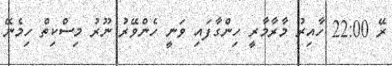
ރޭ 22:00 ހާއިރު މާރާމާރީ ހިންގާފައި ވަނީ ހެންވޭރު ނޫރު މިސްކިތް ހިމެނޭ